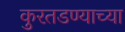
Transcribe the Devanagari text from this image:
कुरतडण्याच्या